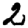
Digit: 2